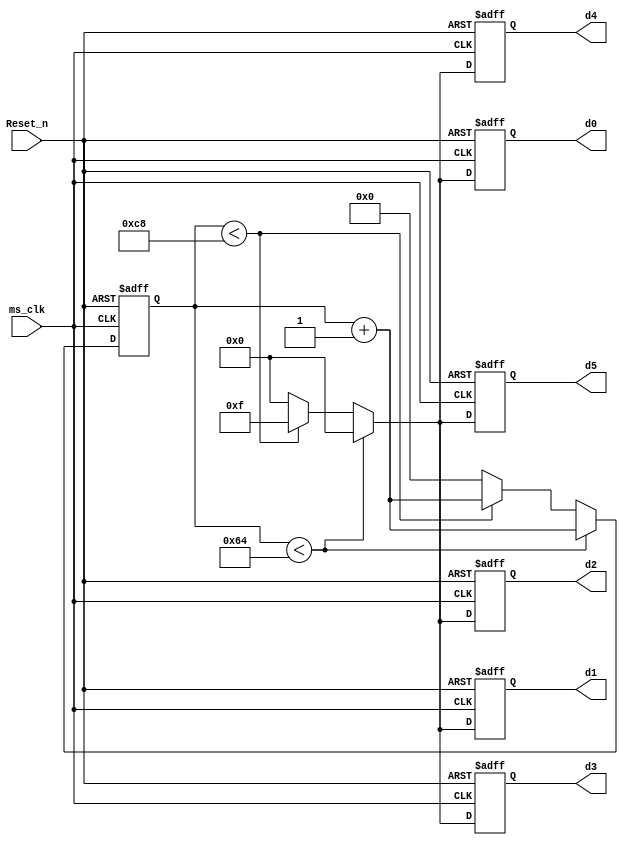
module blinkLED(input ms_clk, Reset_n, output reg [3:0] d0, d1, d2, d3, d4,d5);
	//to make HEX LEDs display 0s and to be off alternatively.
	parameter factor=200; 
	
	reg [31:0] countQ;    //2's power of 12 is 4096, well enough in ms to blink LED

	
	
	always @ (posedge ms_clk, negedge Reset_n)
	begin
		if (!Reset_n) begin
				countQ[31:0] <= 32'b0;
				d0<=4'b0000;
				d1<=4'b0000;
				d2<=4'b0000;
				d3<=4'b0000;
				d4<=4'b0000;
				d5<=4'b0000;
				
			end 
		else 	begin 
				if (countQ<factor/2) 
					begin
						countQ <= countQ +32'b1;
						d0<=4'b0000;
						d1<=4'b0000;
						d2<=4'b0000;
						d3<=4'b0000;
						d4<=4'b0000;
						d5<=4'b0000;
					end
				else if (countQ<factor)
					begin
						countQ <= countQ +32'b1;
						d0<=4'b1111;
						d1<=4'b1111;
						d2<=4'b1111;
						d3<=4'b1111;
						d4<=4'b1111;
						d5<=4'b1111;
					end
				else	//countQ==factor					
					begin 
						countQ[31:0] <= 32'b0;
						d0<=4'b0000;
						d1<=4'b0000;
						d2<=4'b0000;
						d3<=4'b0000;
						d4<=4'b0000;
						d5<=4'b0000;
					end	
					
		end  //end else 

	end  //alwas
			
			
endmodule